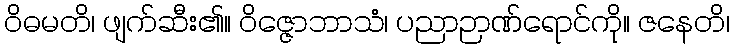
ဝိဓမတိ၊ ဖျက်ဆီး၏။ ဝိဇ္ဇောဘာသံ၊ ပညာဉာဏ်ရောင်ကို။ ဇနေတိ၊